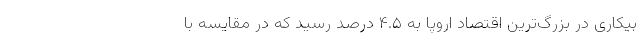
بیکاری در بزرگ‌ترین اقتصاد اروپا به ۴.۵ درصد رسید که در مقایسه با